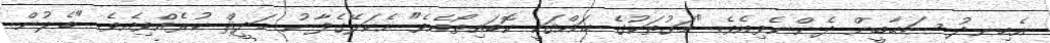
އެހިނދު ޞަޙާބީން ދެންނެވިއެވެ. "މަގުތަކުގެ ޙައްޤަކީ ކޮބައިތޯއެވެ" އެކަލޭގެފާނު ޙަދީޘް ކުރެއްވިއެވެ. "ބެލުން